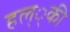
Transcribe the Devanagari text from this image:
हल््की